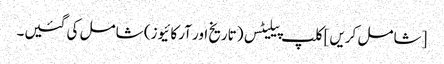
[شامل کریں] کلپ پیلیٹس (تاریخ اور آرکائیوز) شامل کی گئیں۔